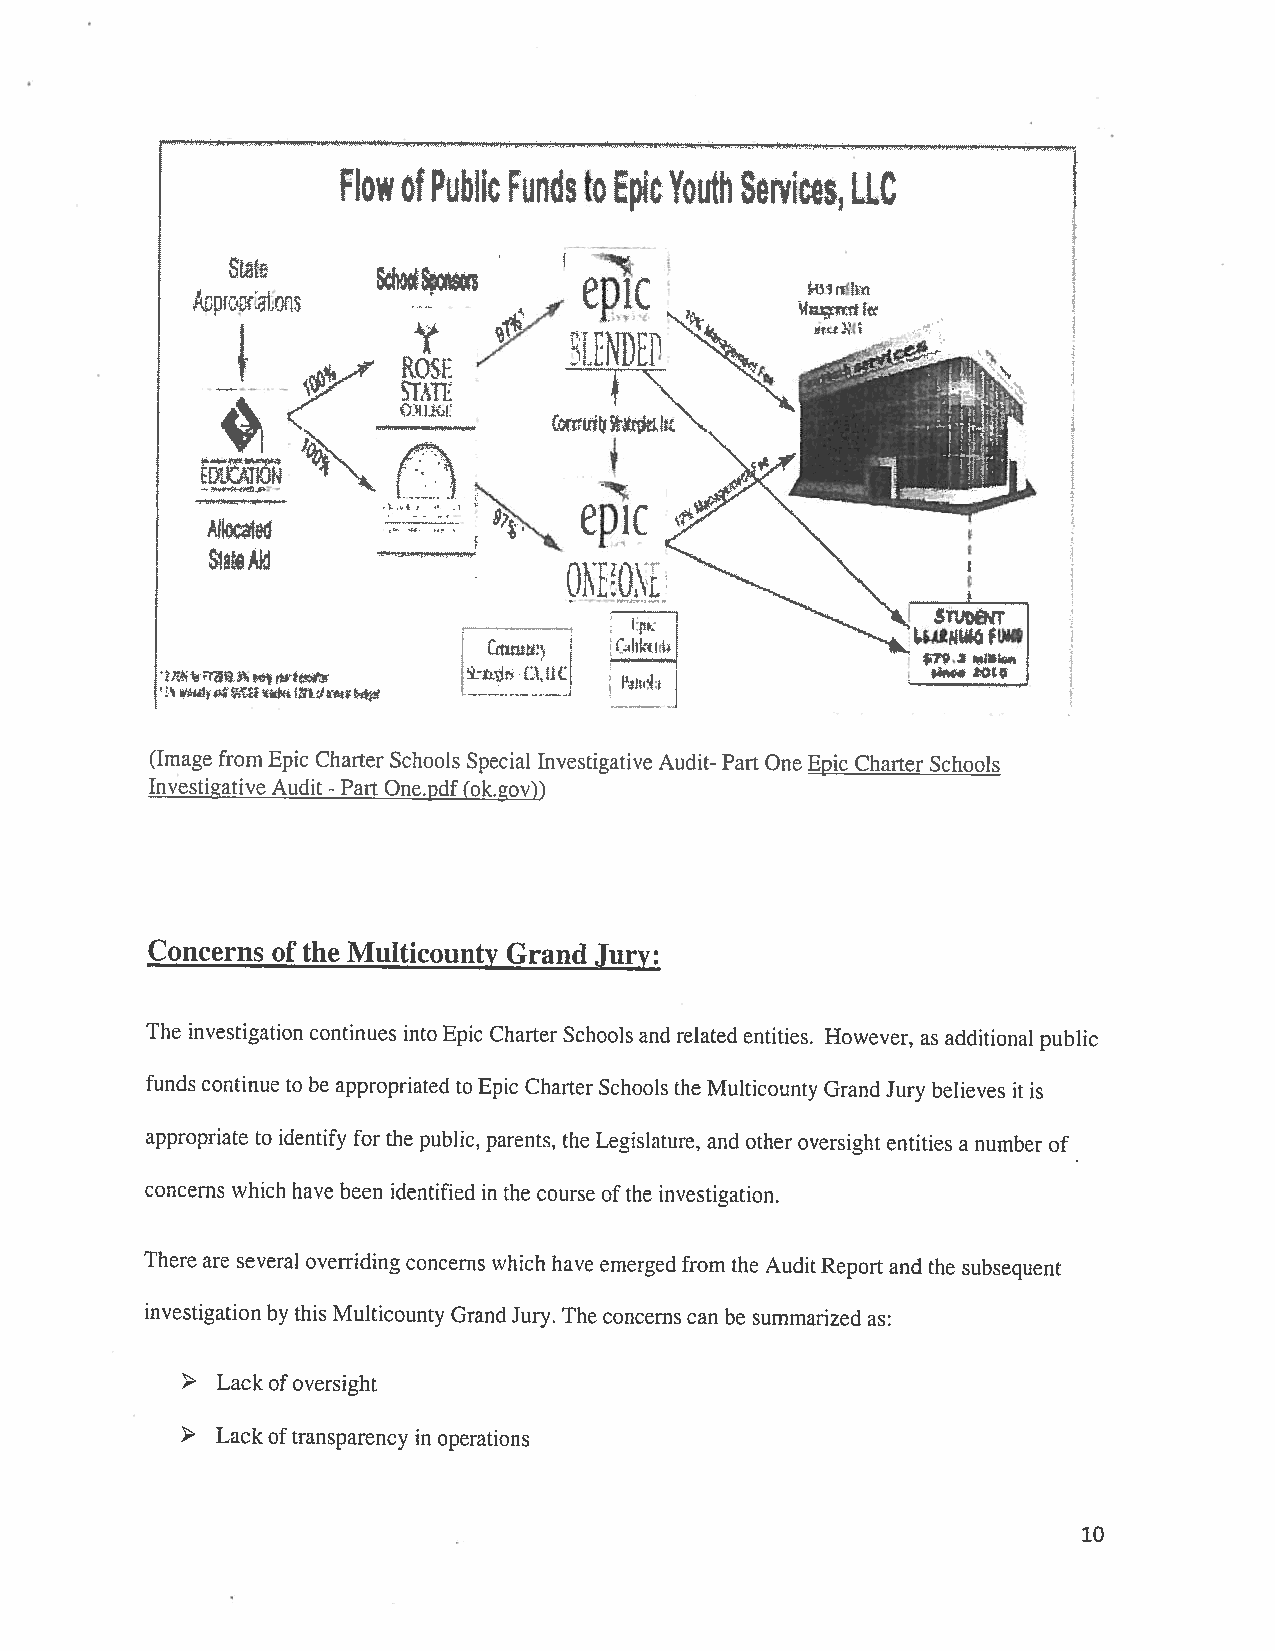
Flow of Public Funds to Epic Youth Services, LIC
 Sta
 priris
 rrt
 qL1
 9j
 S1aeAid
 I‘fl’, ,..
 ‘I.        4,
 (Image from Epic Charter Schools Special Investigative Audit Part OneEpic Charter Schools
 Investigative Audit Part One.pdf(ok.gov))
 -
 Concerns of the Multicounty Grand Jury:
 The investigation continues intoEpic Charter Schools and related entities. However, as additional public
 funds continue to be appropriated to Epic Charter Schools the Multicounty Grand Jury believes it is
 appropriate to identify for the public, parents, the Legislature, and other oversight entities a number of
 concerns which have been identified in the course ofthe investigation.
 There are several overriding concerns which have emerged from the AuditReport and the subsequent
 investigation by this Multicounty GrandJury. The concerns can be summarized as:
 Lack ofoversight
 > Lack oftransparency in operations
 10